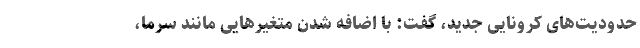
حدودیت‌های کرونایی جدید، گفت: با اضافه شدن متغیرهایی مانند سرما،